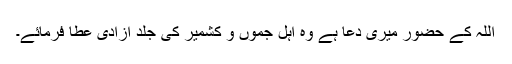
اللہ کے حضور میری دعا ہے وہ اہل جموں و کشمیر کی جلد آزادی عطا فرمائے۔